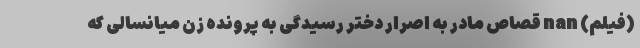
(فیلم) nan قصاص مادر به اصرار دختر رسیدگی به پرونده زن میانسالی که